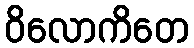
ဝိလောကိတေ